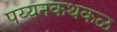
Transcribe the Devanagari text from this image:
पय्यनकथकळ